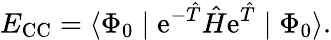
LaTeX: E_{\mathrm{CC}}=\langle\Phi_{0}\mid\mathrm{e}^{-\hat{T}}\hat{H}\mathrm{e}^{\hat{T}}\mid\Phi_{0}\rangle.